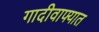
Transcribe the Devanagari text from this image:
गादीवाफ्यात